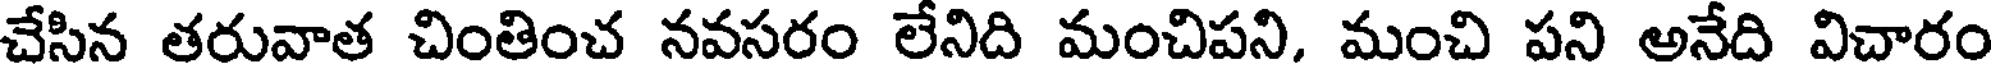
చేసిన తరువాత చింతించ నవసరం లేనిది మంచిపని, మంచి పని అనేది విచారం